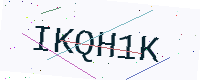
Text: IKQH1K